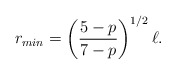
\begin{align*}r_{min}=\left({5-p\over 7-p}\right)^{1/2}\ell.\end{align*}